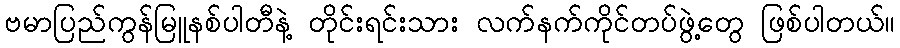
ဗမာပြည်ကွန်မြူနစ်ပါတီနဲ့ တိုင်းရင်းသား လက်နက်ကိုင်တပ်ဖွဲ့တွေ ဖြစ်ပါတယ်။